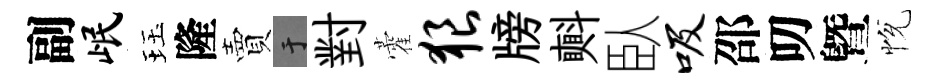
副岷珏隆賣于對藿狼牓㪺臥吸邵叨曁恱